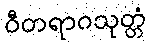
ဝီတရာဂသုတ္တံ